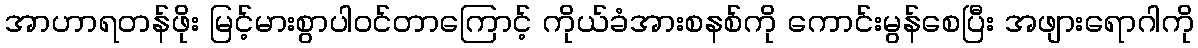
အာဟာရတန်ဖိုး မြင့်မားစွာပါဝင်တာကြောင့် ကိုယ်ခံအားစနစ်ကို ကောင်းမွန်စေပြီး အဖျားရောဂါကို